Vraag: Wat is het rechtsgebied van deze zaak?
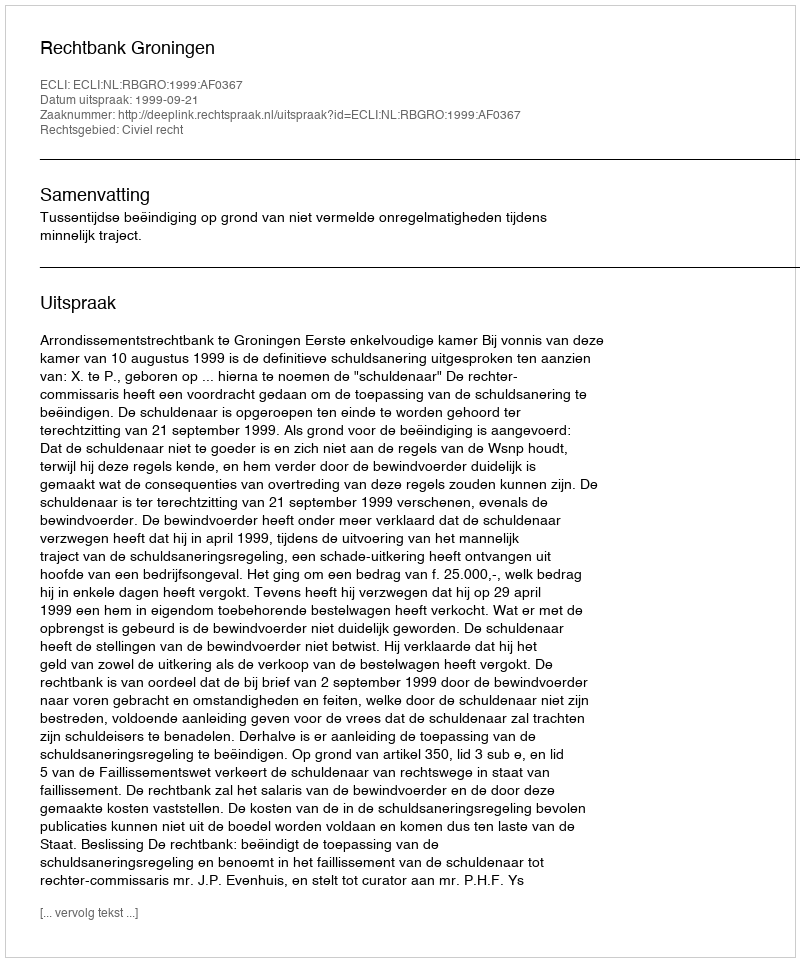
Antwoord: Civiel recht